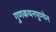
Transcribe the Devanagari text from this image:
गुणकथनपुण्येन